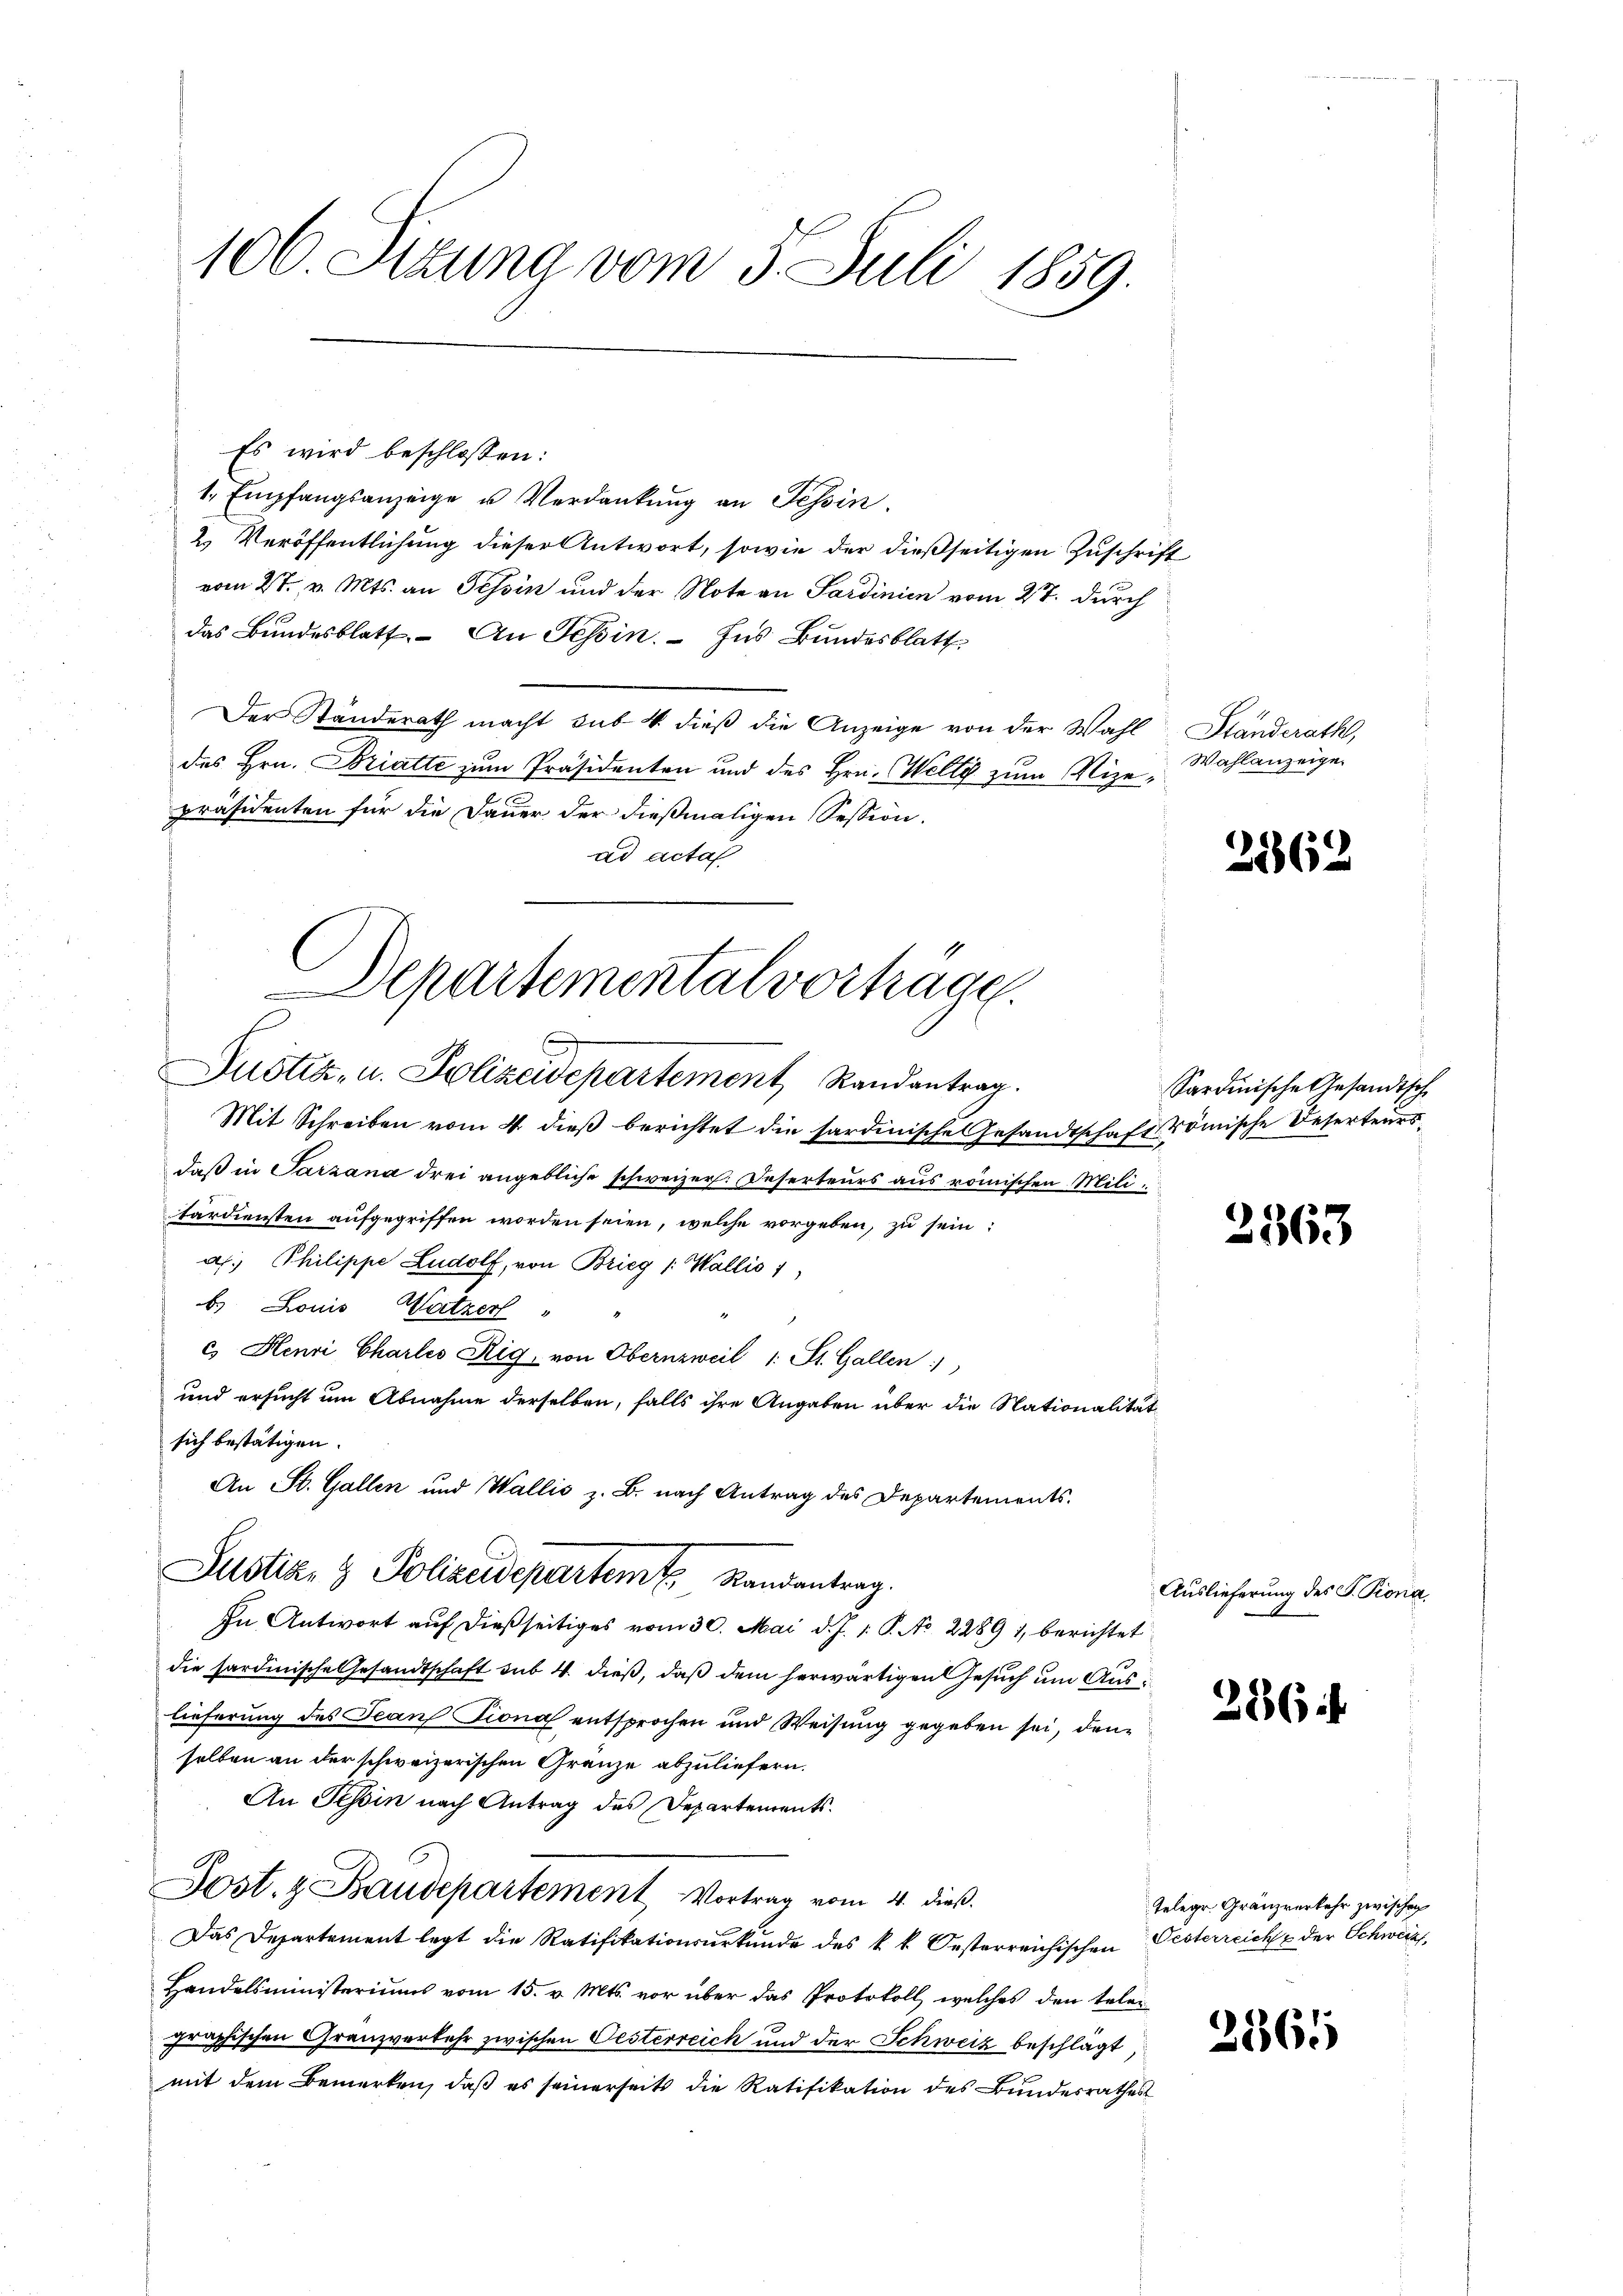
106. Sizung vom 5. Juli 1859.

Es wird beschlossen:
1. Empfangsanzeige u. Verdankung an Tessin.
2. Veröffentlichung dieser Antwort, sowie der dießseitigen Zuschrift
vom 27. v. Mts. an Tessin und der Note an Sardinien vom 27. durch
das Bundesblatt. An Tessin. - Ins Bundesblatt
Der Standerath macht sub. 4 dieß die Anzeige von der Wahl Standerath,
des Hrn. Bratte zum Präsidenten und des Hrn. Welty zum Nizepräsidenten für die Dauer der dießmaligen Session.
ad acta
Mit Schreiben vom 4. dieß berichtet die sardinische Gesandtschaft römische Deserteursdaß in Parzana drei angebliche schweizer. Deserteurs aus römischen Militardiensten aufgegriffen worden seien, welche vorgeben, zu sein:
a. Philippe Ludolf, von Brieg /: Wallis 1
b) Louis Watzer
c. Henri Charles Rig, von Obernzweil 1. St. Gallen
und ersucht um Abnahme derselben, falls ihre Angaben über die Nationalität
sich bestätigen.
An St. Gallen und Wallis z. B. nach Antrag des Departements¬
Justiz- & Polizeidepartem Randantrag.
In Antwort auf dießseitiges vom 30. Mai d. J. 1. P. No. 2289 1, berichtet
die hardinische Gesandtschaft sub. 4. dieß, daß dem herwärtigen Gesuch um Aus
lieferung des Jeanf Fional entsprochen und Weisung gegeben sei, den
selben an der schweizerischen Gränze abzuliefern.
An Tessin nach Antrag des Departements.
Sost. & Baudepartement Vortrag vom 4. dieß.
Das Departement legt die Ratifikationsurkunde des k. k. Oesterreichischen Oesterreich & der Schweiz,
Handelsministeriums vom 15. v. Mts. vor über das Protokoll, welches den telen
graphischen Granzverkehr zwischen Oesterreich und der Schweiz beschlagt,
mit dem Bemerken, daß es seinerseits die Ratifikation des Bundesrathes

Departemental vortrage
Justiz- u. Polizeidepartement, Randantrag.

Wahlanzeige

2862

Sardinische Gesandtsche

2363

Auslieferung des S. Piona

286

Telegr. Gränzverkehr zwischen

2565